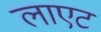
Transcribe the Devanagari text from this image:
लाएट